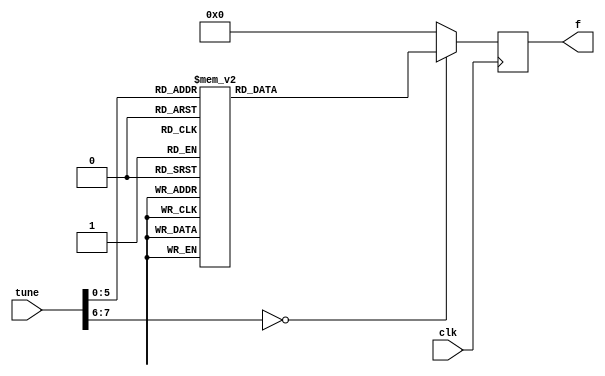
module button(
clk,
tune,
f
);
input clk;
input[7:0]tune;
output reg[15:0]f;

always@(posedge clk)
begin
case(tune)
8'h01:f<=16'd179;
8'h02:f<=16'd200;
8'h03:f<=16'd225;
8'h04:f<=16'd238;
8'h05:f<=16'd268;
8'h06:f<=16'd300;
8'h07:f<=16'd337;
8'h11:f<=16'd357;
8'h12:f<=16'd401;
8'h13:f<=16'd450;
8'h14:f<=16'd477;
8'h15:f<=16'd535;
8'h16:f<=16'd601;
8'h17:f<=16'd674;
8'h21:f<=16'd714;
8'h22:f<=16'd802;
8'h23:f<=16'd900;
8'h24:f<=16'd953;
8'h25:f<=16'd1070;
8'h26:f<=16'd1201;
8'h27:f<=16'd1348;
8'h31:f<=16'd1428;
8'h32:f<=16'd1604;
8'h33:f<=16'd1800;
8'h34:f<=16'd1907;
8'h35:f<=16'd2141;
8'h36:f<=16'd2403;
8'h37:f<=16'd2697;
default:f<=0;
endcase
end

endmodule